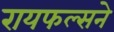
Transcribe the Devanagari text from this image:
रायफल्सने